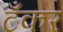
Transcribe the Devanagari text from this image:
टॅँकर